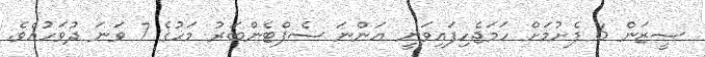
ސީޒަން 6 ފެށުމަށް ހަމަޖެހިފައިވަނީ އަންނަ ސެޕްޓެންބަރު މަހުގެ 7 ވަނަ ދުވަހުއެވެ.